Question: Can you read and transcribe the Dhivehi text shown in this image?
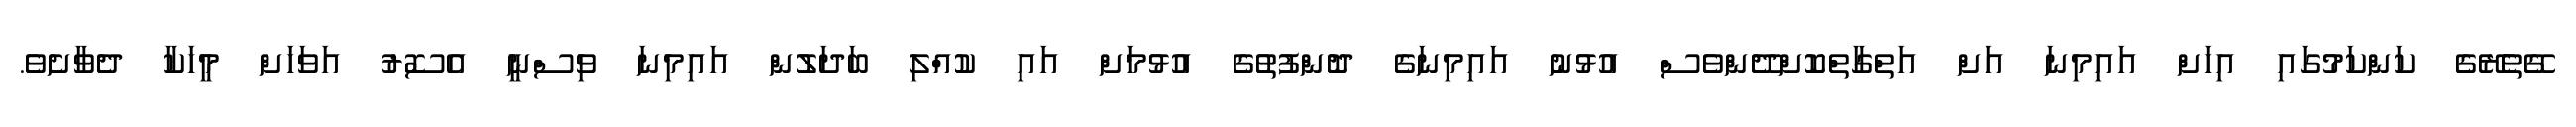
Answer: ގޭތެރޭގެ ކަންކަމުގައި އިހަށް އައިމިނަ އަށް އަތްގާތްކޮށްދޭންވެސް އުޅުނު އައިމިނަގެ ދޮންފުތުގެ އުޅުމަށް އައި ކުއްލި ބަދަލުން އައިމިނަ ވިސްނީ އެސޮރު އަވަހަށް މީހަކާ ދެވާށެވެ.